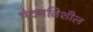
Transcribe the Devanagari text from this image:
मंदगतिशील